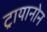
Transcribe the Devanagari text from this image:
ट्रायानोन